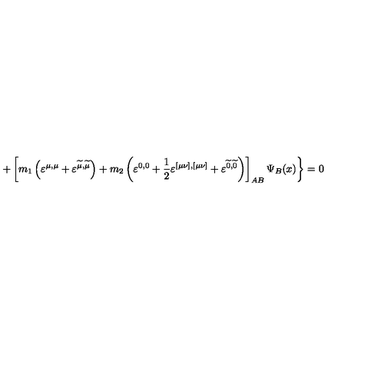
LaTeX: + \left[ m _ { 1 } \left( \varepsilon ^ { \mu , \mu } + \varepsilon ^ { \widetilde { \mu } , \widetilde { \mu } } \right) + m _ { 2 } \left( \varepsilon ^ { 0 , 0 } + \frac 1 2 \varepsilon ^ { [ \mu \nu ] , [ \mu \nu ] } + \varepsilon ^ { \widetilde { 0 } , \widetilde { 0 } } \right) \right] _ { A B } \Psi _ { B } ( x ) \biggr \} = 0